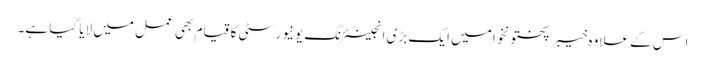
اس کے علاوہ خیبر پختونخوا میں ایک بڑی انجینئرنگ یونیورسٹی کا قیام بھی عمل میں لایا گیا ہے۔